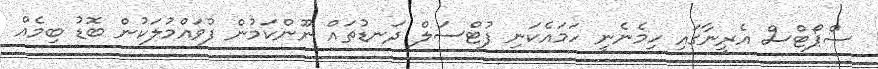
ސްޕޯޓްސް އެރީނާގައި ހިމެނެނީ ހަމައެކަނި ފުޓްސަލް ދަނޑުތައް ނޫންކަމުން ފުވައްމުލަކުން ބޮޑު ބިމެއް